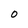
Character: 0